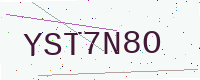
Text: YST7N8O